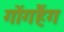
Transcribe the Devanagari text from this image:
गोंगहैंग